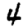
Digit: 4